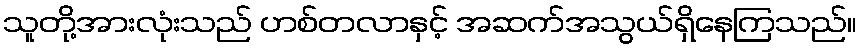
သူတို့အားလုံးသည် ဟစ်တလာနှင့် အဆက်အသွယ်ရှိနေကြသည်။